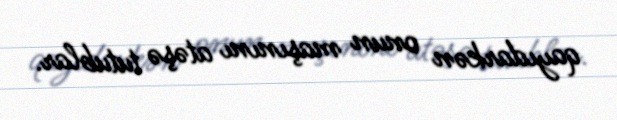
qayıdarkən onun maşınını atəşə tutublar.